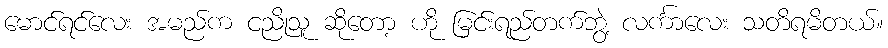
မောင်ရင်လေး အမည်က ငညိုသူ ဆိုတော့ ဟို မြင်းရည်တက်ဘွဲ့ လင်္ကာလေး သတိရမိတယ်။